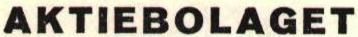
AKTIEBOLAGET